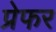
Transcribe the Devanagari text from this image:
प्रेफर